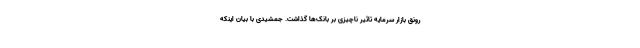
رونق بازار سرمایه تاثیر ناچیزی بر بانک‌ها گذاشت. جمشیدی با بیان اینکه